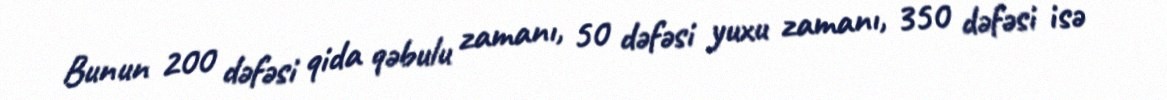
Bunun 200 dəfəsi qida qəbulu zamanı, 50 dəfəsi yuxu zamanı, 350 dəfəsi isə